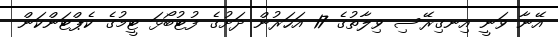
އޭނާ ވަނީ އިނގިރޭސި ވިލާތުގެ 17 އަހަރުން ދަށުގެ ފުޓުބޯޅަ ޓީމުގެ ކެޕްޓަންކަން